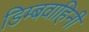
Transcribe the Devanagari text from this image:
डिम्बवाहिनी